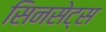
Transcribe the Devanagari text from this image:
सिनसेट्स